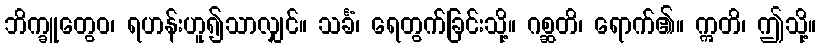
ဘိက္ခူတွေဝ၊ ရဟန်းဟူ၍သာလျှင်။ သင်္ခံ၊ ရေတွက်ခြင်းသို့။ ဂစ္ဆတိ၊ ရောက်၏။ ဣတိ၊ ဤသို့။